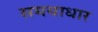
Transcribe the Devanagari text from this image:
समयाधार